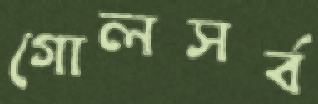
গোলসর্ব